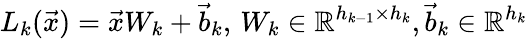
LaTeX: L_{k}(\vec{x})=\vec{x}W_{k}+\vec{b}_{k},\, W_{k}\in\mathbb{R}^{h_{k-1}\times h_{k}},\vec{b}_{k}\in\mathbb{R}^{h_{k}}